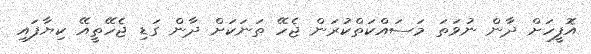
އޮފީހަށް ދާން ނުވަތަ މަސައްކަތްކުރަން ޖެހޭ ތަނަކަށް ދާން ގަޑި ޖެހޭތީއޭ ކިޔާފައި